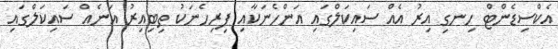
އެކްސިޑެންޓް ހިނގި އިރު އެއް ސައިކަލްގައި އަންހެނަކާއި ފިރިހެނަކު ތިބިއިރު އަނެއް ސައިކަލްގައި